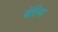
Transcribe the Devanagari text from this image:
बेत्तिया